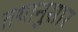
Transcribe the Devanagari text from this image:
तथानुसार